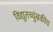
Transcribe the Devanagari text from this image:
विद्युतच्चुंबकीय